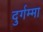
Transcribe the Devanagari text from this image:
दुर्गम्मा